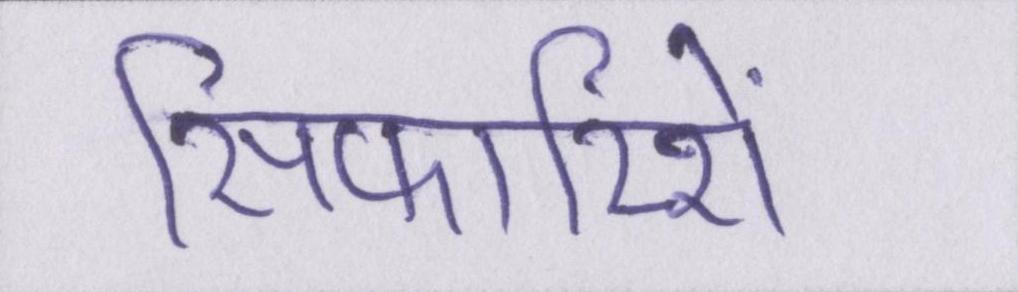
सिफारिशें